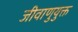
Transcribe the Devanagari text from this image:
जीवाणुयुक्त